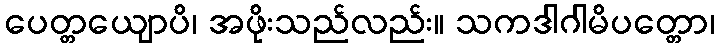
ပေတ္တယျောပိ၊ အဖိုးသည်လည်း။ သကဒါဂါမိပတ္တော၊